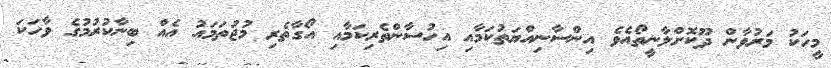
މީހަކު މަރުވާން ދޫކޮށްލާނީތޯއެވެ އިންސާނިއްޔަތުކަމާއި އިހުސާންތެރިކަމާއި އޯގާތެރި މުޖުތަމައު އެއް ބިނާކުރުމުގެ ވާހަކަ